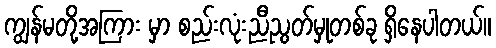
ကျွန်မတို့အကြား မှာ စည်းလုံးညီညွတ်မှုတစ်ခု ရှိနေပါတယ်။